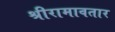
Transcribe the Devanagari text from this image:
श्रीरामावतार